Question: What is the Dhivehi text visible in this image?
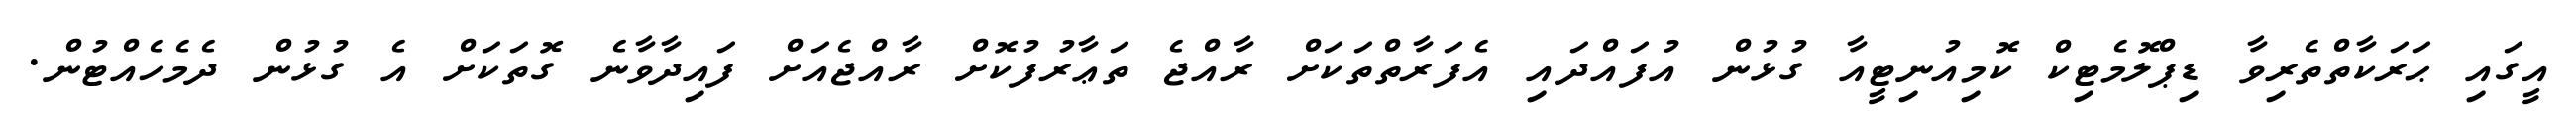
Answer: އީގައި ޙަރަކާތްތެރިވާ ޑިޕްލޮމެޓިކް ކޮމިއުނިޓީއާ ގުޅުން އުފައްދައި އެފަރާތްތަކަށް ރާއްޖެ ތަޢާރުފުކޮށް ރާއްޖެއަށް ފައިދާވާނެ ގޮތަކަށް އެ ގުޅުން ދެމެހެއްޓުން.